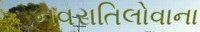
નવરાતિલોવાના